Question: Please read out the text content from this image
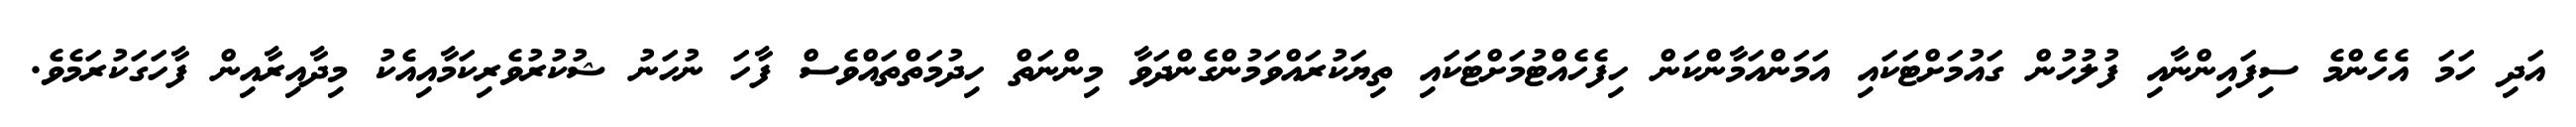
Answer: އަދި ހަމަ އެހެންމެ ސިފައިންނާއި ފުލުހުން ގައުމަށްޓަކައި އަމަންއަމާންކަން ހިފެހެއްޓުމަށްޓަކައި ތިޔަކުރައްވަމުންގެންދަވާ މިންނަތް ހިދުމަތްތައްވެސް ފާހަ ނުހަނު ޝުކުރުވެރިކަމާއިއެކު މިދާއިރާއިން ފާހަގަކުރަމެވެ.